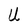
Character: U